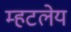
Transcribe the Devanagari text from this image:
म्हटलेय